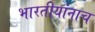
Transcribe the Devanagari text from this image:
भारतीयांनाच